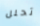
تحلل